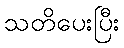
သတိပေးပြီး